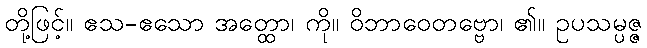
တို့ဖြင့်။ ဧသ-ဧသော အတ္ထော၊ ကို။ ဝိဘာဝေတဗ္ဗော၊ ၏။ ဥပသမ္ပဇ္ဇ